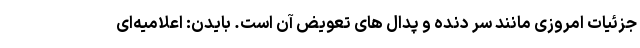
جزئیات امروزی مانند سر دنده و پدال های تعویض آن است. بایدن: اعلامیه‌ای